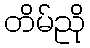
တိမ်ညို